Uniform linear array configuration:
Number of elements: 24
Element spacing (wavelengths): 0.25
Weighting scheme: cosine
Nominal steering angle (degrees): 30
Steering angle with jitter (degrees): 30.936
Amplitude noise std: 0.05
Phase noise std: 0.05

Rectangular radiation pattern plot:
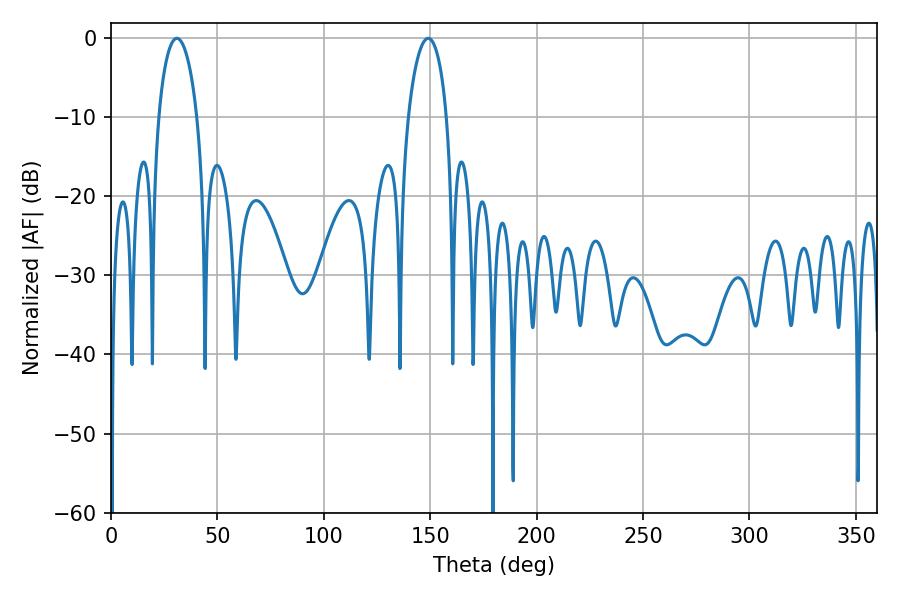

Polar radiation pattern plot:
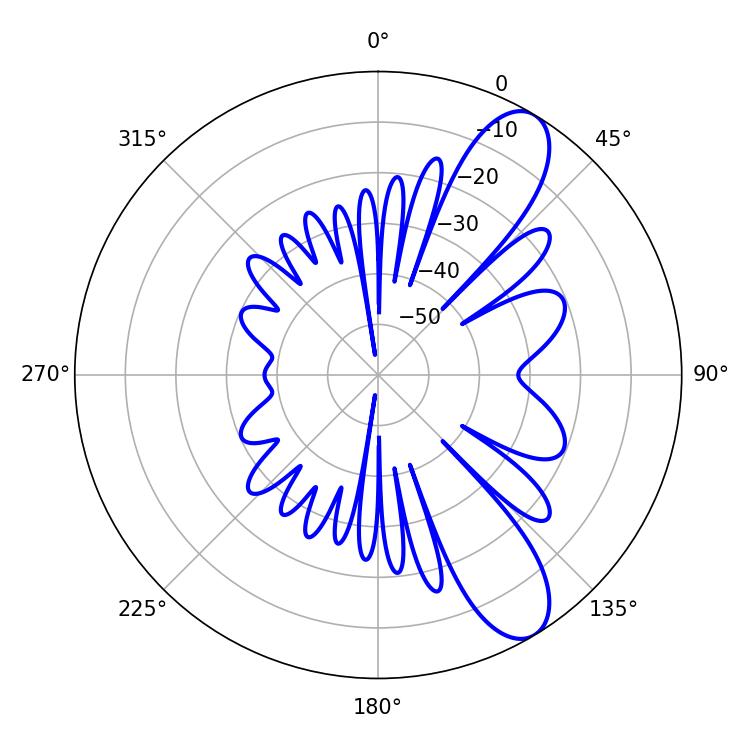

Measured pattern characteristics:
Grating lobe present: FALSE
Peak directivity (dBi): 9.934
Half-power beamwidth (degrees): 10.26
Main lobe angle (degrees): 30.96